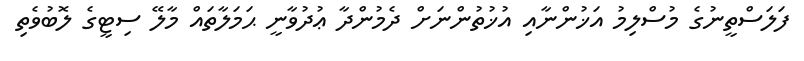
ފަލަސްތީނުގެ މުސްލިމު އަޚުންނާއި އުޚުތުންނަށް ދެމުންދާ ޢުދުވާނީ ޙަމަލާތައް މާލޭ ސިޓީގެ ލޮބުވެތި